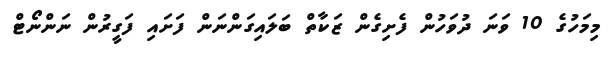
މިމަހުގެ 10 ވަނަ ދުވަހުން ފެށިގެން ޒަކާތް ބަލައިގަންނަން ފަށައި ފަގީރުން ނަންނޯޓް